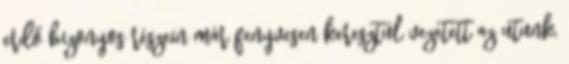
erdő bizonyos részein már fenyvesen keresztül vezetett az utunk,